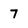
Character: 7